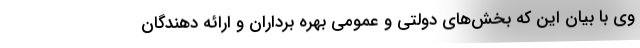
وی با بیان این که بخش‌های دولتی و عمومی بهره برداران و ارائه دهندگان